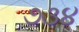
૭૩૪